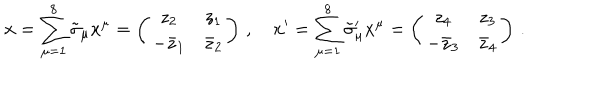
LaTeX: \mathbf { x } = \sum _ { \mu = 1 } ^ { 8 } \tilde { \sigma } _ { \mu } x ^ { \mu } = \left( \begin{array} { c c } { { z _ { 2 } } } & { { z _ { 1 } } } \\ { { - \bar { z } _ { 1 } } } & { { \bar { z } _ { 2 } } } \\ \end{array} \right) \, , \quad \mathbf { x } ^ { \prime } = \sum _ { \mu = 1 } ^ { 8 } \tilde { \sigma } _ { \mu } ^ { \prime } x ^ { \mu } = \left( \begin{array} { c c } { { z _ { 4 } } } & { { z _ { 3 } } } \\ { { - \bar { z } _ { 3 } } } & { { \bar { z } _ { 4 } } } \\ \end{array} \right) \, .